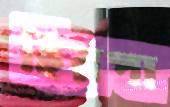
হিরপা